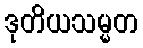
ဒုတိယသမ္မတ